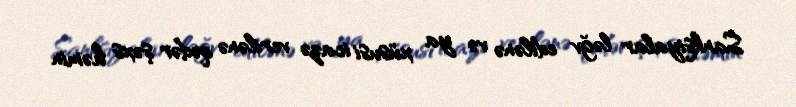
Sanksiyalar ləğv edilənə və ya xüsusi icazə verilənə qədər şəxs həmin